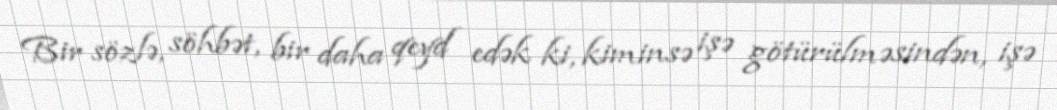
Bir sözlə, söhbət, bir daha qeyd edək ki, kiminsə işə götürülməsindən, işə